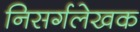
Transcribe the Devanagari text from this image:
निसर्गलेखक